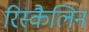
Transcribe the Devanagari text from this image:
रिस्कैलिन